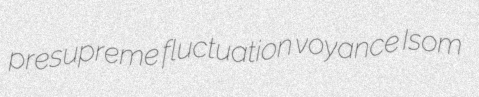
presupreme fluctuation voyance Isom